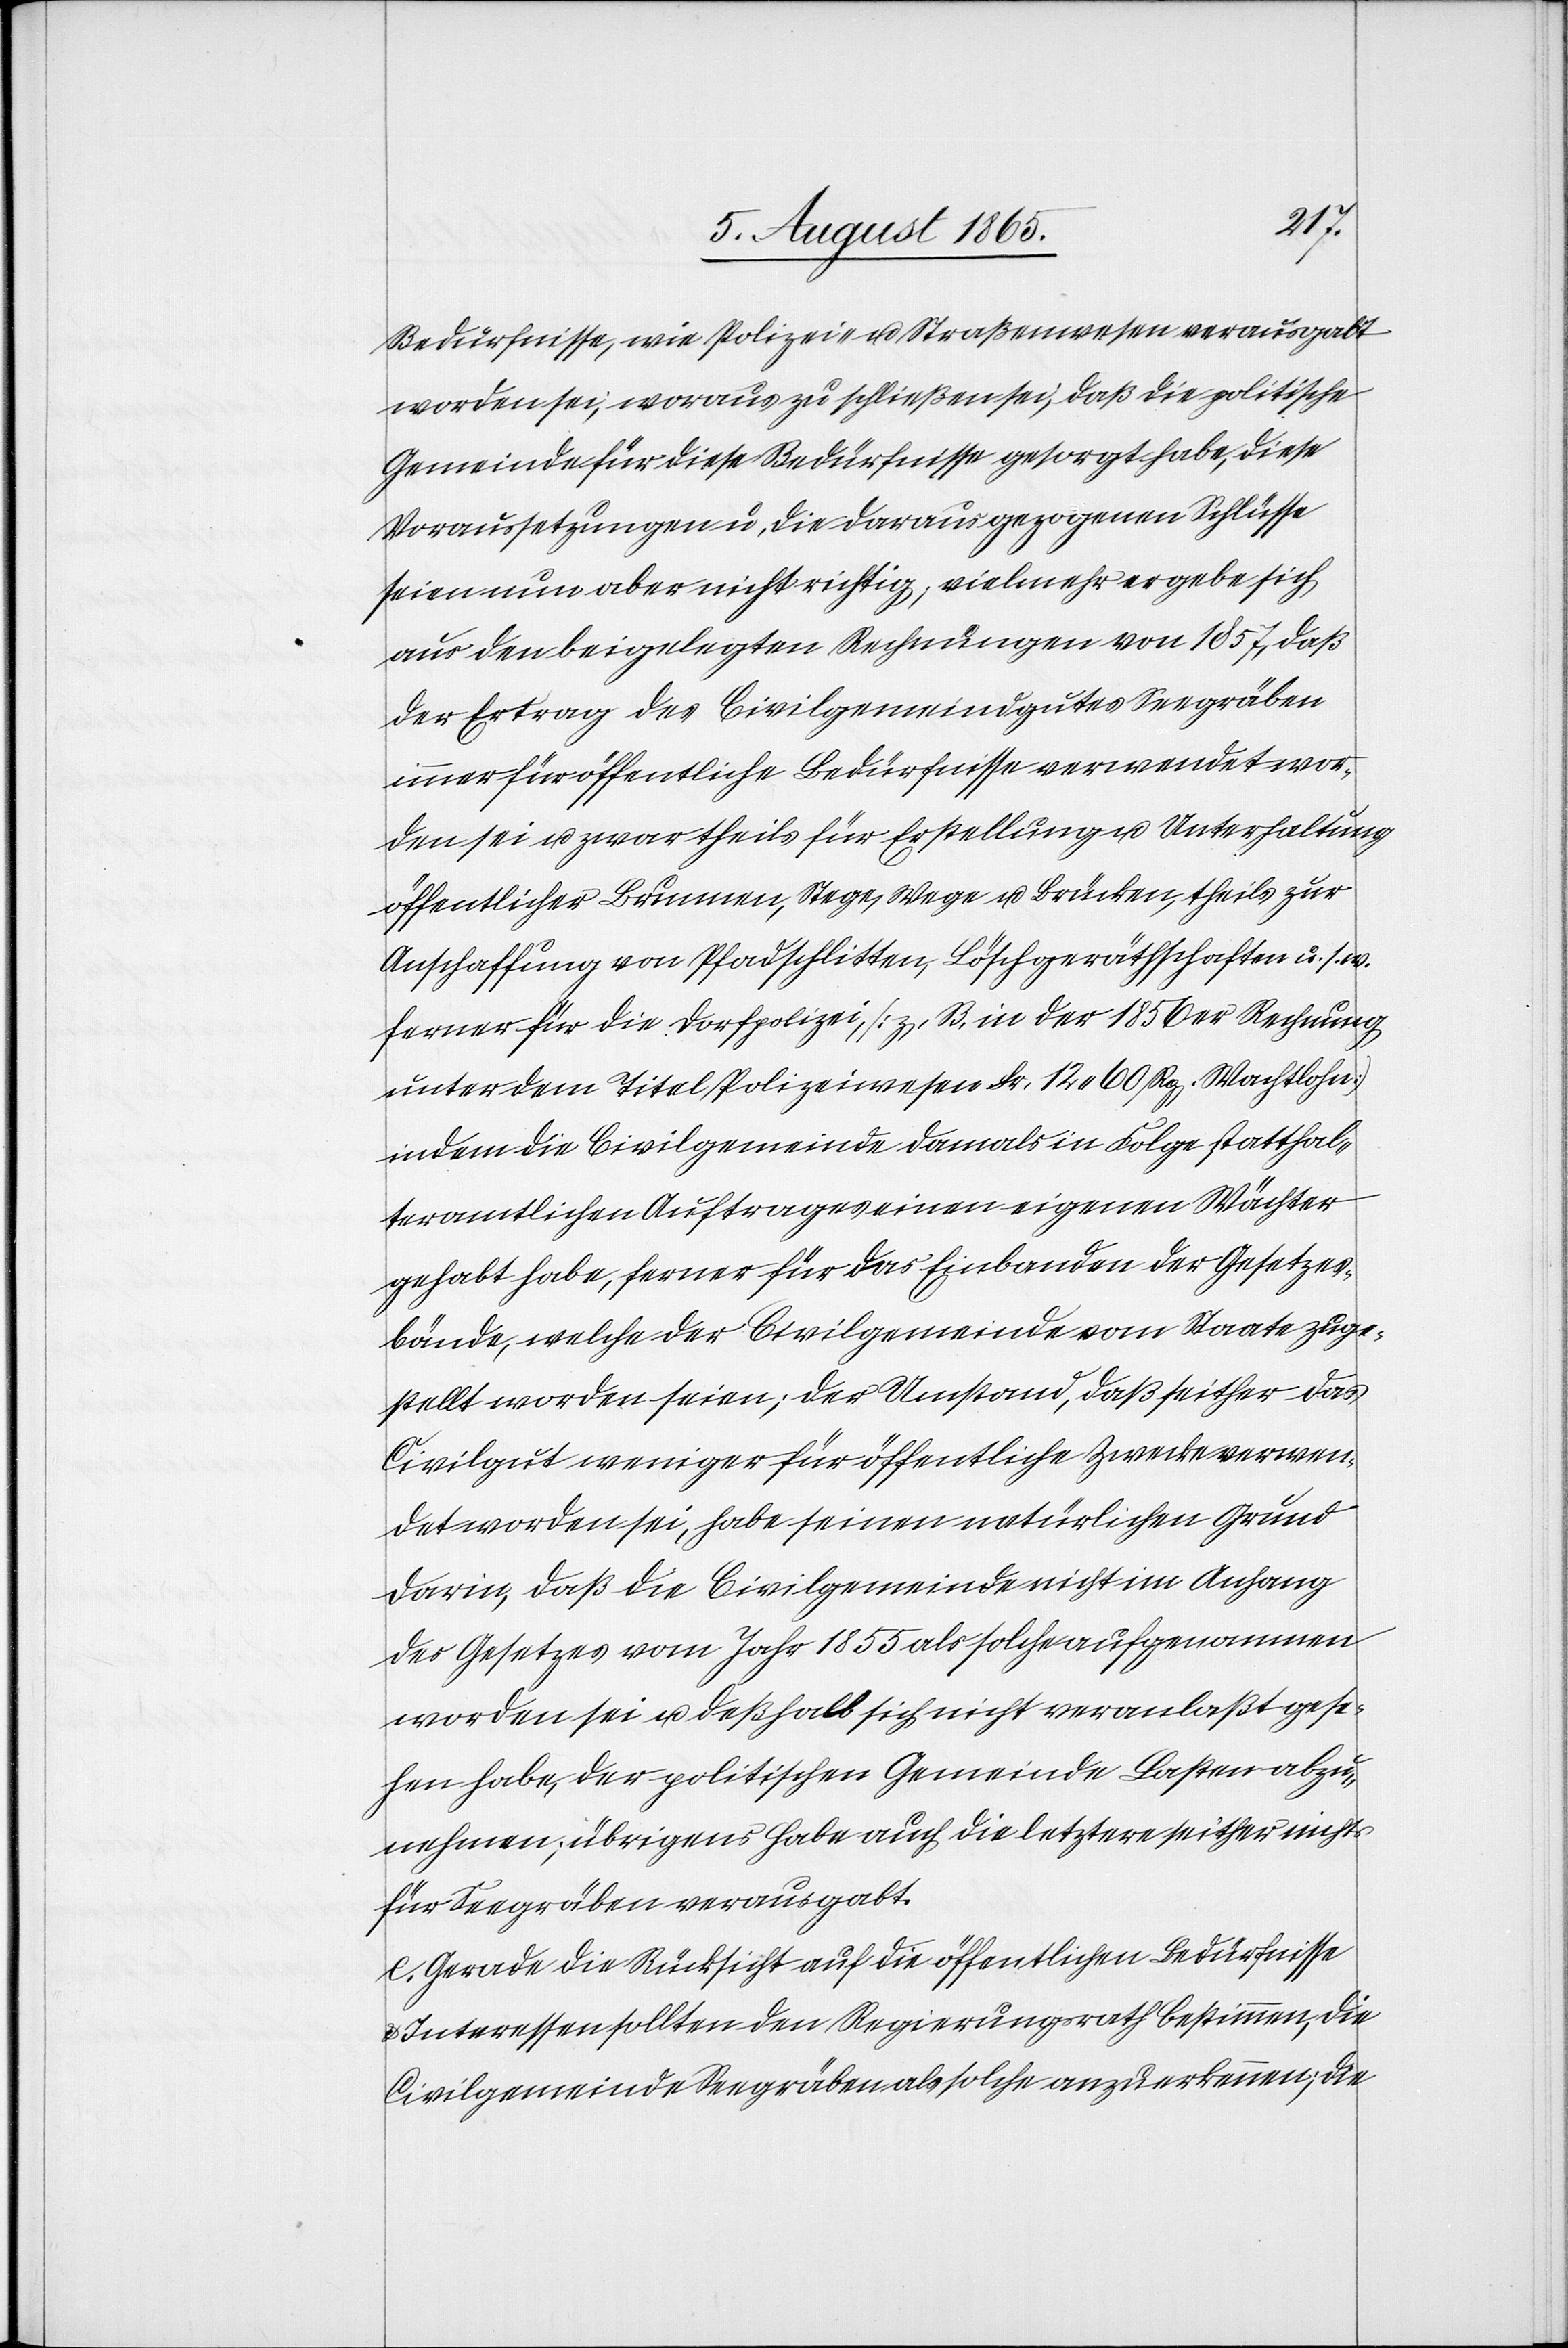
Bedürfnisse, wie Polizei- u. Straßenwesen verausgabt
worden sei, woraus zu schließen sei, daß die politische
Gemeinde für die Bedürfnisse gesorgt habe, diese
Voraussetzungen u. die daraus gezogenen Schlüsse
seien nun aber nicht richtig, vielmehr ergebe sich
aus den beigelegten Rechnungen von 1857, daß
der Ertrag des Civilgemeindegutes Seegräben
immer für öffentliche Bedürfnisse verwendet wor¬
den sei u. zwar theils für Erstellung u. Unterhaltung
öffentlicher Brunnen, Stege, Wege u. Brücken, theils zur
Anschaffung von Pfadschlitten, Löschgeräthschaften u. s. w.
ferner für die Dorfpolizei, [z. B. in der 1856er Rechnung
unter dem Titel Polizeiwesen Fr. 12.60 Rp. Wachtlohn]
indem die Civilgemeinde damals in Folge statthal¬
teramtlichen Auftrages einen eigenen Wächter
gehabt habe, ferner für das Einbanden der Gesetzes¬
bände, welche der Civilgemeinde vom Staate zuge¬
stellt worden seien; der Umstand, daß seither das
Civilgut weniger für öffentliche Zwecke verwen¬
det worden sei, habe seinen natürlichen Grund
darin, daß die Civilgemeinde nicht im Anhang
des Gesetzes vom Jahr 1855 als solche aufgenommen
worden sei u. deßhalb sich nicht veranlaßt gese¬
hen habe, der politischen Gemeinde Lasten abzu¬
nehmen; übrigens habe auch die letztere seither nichts
für Seegräben verausgabt.
Gerade die Rücksicht auf die öffentlichen Bedürfnisse
u. Interessen sollten den Regierungsrath bestimmen, die
Civilgemeinde Seegräben als solche anzuerkennen; die